Report on lock hospitals in British Burma
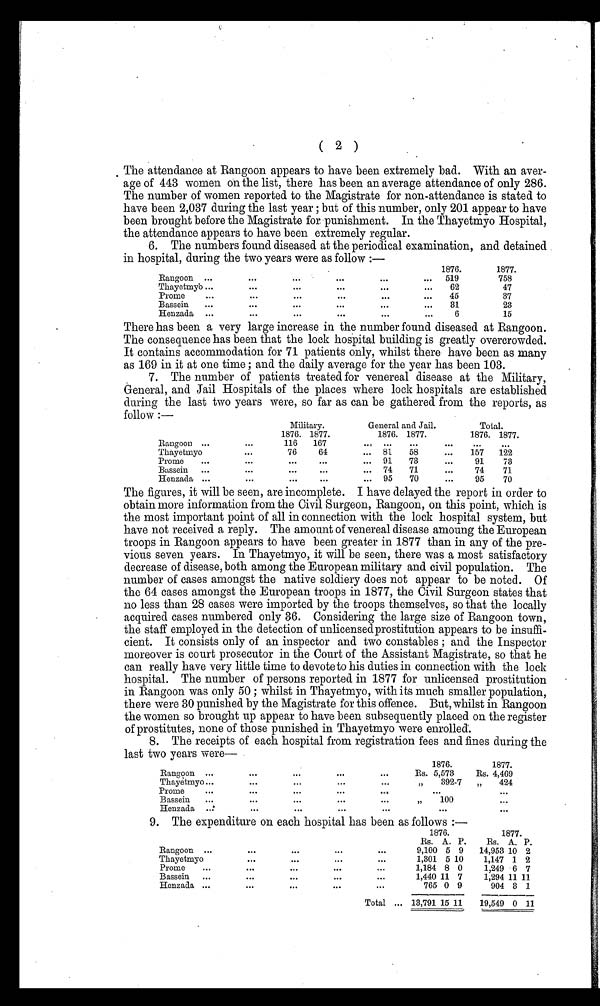
( 2 )
The attendance at Rangoon appears to have been extremely bad. With an aver-
age of 443 women on the list, there has been an average attendance of only 286.
The number of women reported to the Magistrate for non-attendance is stated to
have been 2,037 during the last year ; but of this number, only 201 appear to have
been brought before the Magistrate for. punishment. In the Thayetmyo Hospital,
the attendance appears to have been extremely regular.
6. The numbers found diseased at the periodical examination, and detained
in hospital, during the two years were as follow :—
1876.
1877.
Rangoon
. . .
. . .
. . .
. . .
. . .
...
519
758
Thayetmyb
. . .
. . .
. . .
. . .
. . .
...
62
47
Prome
. . .
. . .
. . .
. . .
. . .
...
45
37
Bassein
. . .
. . .
. . .
. . .
. . .
...
31
23
Henzada
. . .
. . .
. . .
. . .
. . .
...
6
15
There has been a very large increase in the number found diseased at Rangoon.
The consequence has been that the lock hospital building is greatly overcrowded.
It contains accommodation for 71 patients only, whilst there have been as many
as 169 in it at one time ; and the daily average for the year has been 103.
7. The number of patients treated for venereal disease at the Military,
General, and Jail Hospitals of the places where lock hospitals are established
during the last two years were, so far as can be gathered from the reports, as
follow :—
Military.
General and Jail.
Total.
1876. 1877.
1876. 1877.
1876. 1877.
Rangoon ...
. . .
116
167
. . .
. . .
...
. . .
. . . . . . . . .
Thayetmyo
. . .
76
64
. . . 81
58
. . .
157
122
Prome
...
. . .
...
. . .
. . . 91
73
. . .
91
73
Bassein
...
. . .
...
. . .
. . . 74
71
. . .
74
71
Henzada ...
. . .
...
. . .
. . . 95
70
. . .
95
70
The figures, it will be seen, are incomplete. I have delayed the report in order to
obtain more information from the Civil Surgeon, Rangoon, on this point, which is
the most important point of all in connection with the lock hospital system, but
have not received a reply. The amount of venereal disease amoung the European
troops in Rangoon appears to have been greater in 1877 than in any of the pre-
vious seven years. In Thayetmyo, it will be seen, there was a most satisfactory
decrease of disease, both among the European military and civil population. The
number of cases amongst the native soldiery does not appear to be noted. Of
the 64 cases amongst the European troops in 1877, the Civil Surgeon states that
no less than 28 cases were imported by the troops themselves, so that the locally
acquired cases numbered only 36. Considering the large size of Rangoon town,
the staff employed in the detection of unlicensed prostitution appears to be insuffi-
cient. It consists only of an inspector and two constables ; and the Inspector
moreover is court prosecutor in the Court of the Assistant Magistrate, so that he
can really have very little time to devote to his duties in connection with the lock
hospital. The number of persons reported in 1877 for unlicensed prostitution
in Rangoon was only 50 ; whilst in Thayetmyo, with its much smaller population,
there were 30 punished by the Magistrate for this offence. But, whilst in Rangoon
the women so brought up appear to have been subsequently placed on the register
of prostitutes, none of those punished in Thayetmyo were enrolled'.
8. The receipts of each hospital from registration fees and fines during the
last two years were—
1876.
1877.
Rangoon
...
. . .
. . .
. . .
Rs. 5,573
Rs. 4,469
Thayetmyo ...
. . .
. . .
. . .
. . .
,,
3921
, .
424
prome
. . .
. . .
. . .
. . .
...
. . .
Bassein
...
. . .
. . .
. . .
. . .
,,
100
. . .
Henzada
..
. . .
. . .
. . .
. . .
9.theexpenditure each hospital has been as follows:—
1876.
Rs. A. P.
1877.
Rs. A. P .
Rangoon
...
. . .
. . .
. . .
. . .
9,100 5 9
14,953 10 2
Thayetmyo
. . .
. . .
. . .
. . .
1,301 5 10
1,147 1 2
Prome
...
. . .
. . .
. . .
. . .
1,184 8 0
1,249 6 7
Bassein
...
. . .
. . .
. . .
. . .
1,440 11 7
1,294 11 11
Henzada ...
. . .
. . .
. . .
. . .
765 0 9
904 3 1
Total
. . . 13,791 15 11
19,549 0 11